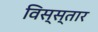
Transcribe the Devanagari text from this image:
विस्स्तार